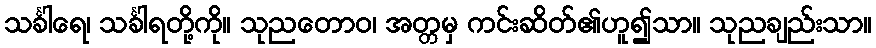
သင်္ခါရေ၊ သင်္ခါရတို့ကို။ သုညတောဝ၊ အတ္တမှ ကင်းဆိတ်၏ဟူ၍သာ။ သုညချည်းသာ။